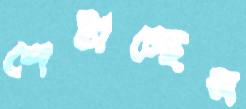
পেটাচ্ছেন